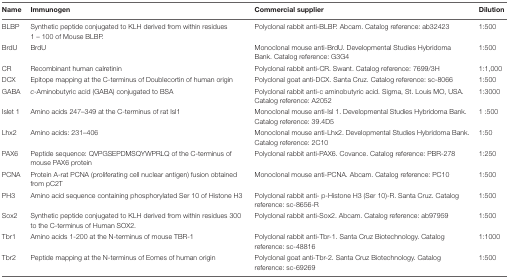
| Name | Immunogen | Commercial supplier | Dilution |
 | --- | --- | --- | --- |
 | BLBP | Synthetic peptide conjugated to KLH derived from within residues 1 – 100 of Mouse BLBP. | Polyclonal rabbit anti-BLBP. Abcam. Catalog reference: ab32423 | 1:500 |
 | BrdU | BrdU | Monoclonal mouse anti-BrdU. Developmental Studies Hybridoma Bank. Catalog reference: G3G4 | 1:500 |
 | CR | Recombinant human calretinin | Polyclonal rabbit anti-CR. Swant. Catalog reference: 7699/3H | 1:1,000 |
 | DCX | Epitope mapping at the C-terminus of Doublecortin of human origin | Polyclonal goat anti-DCX. Santa Cruz. Catalog reference: sc-8066 | 1:500 |
 | GABA | c-Aminobutyric acid (GABA) conjugated to BSA | Polyclonal rabbit anti-c aminobutyric acid. Sigma, St. Louis MO, USA. Catalog reference: A2052 | 1:3000 |
 | Islet 1 | Amino acids 247–349 at the C-terminus of rat Isl1 | Monoclonal mouse anti-Isl 1. Developmental Studies Hybridoma Bank. Catalog reference: 39.4D5 | 1 :500 |
 | Lhx2 | Amino acids: 231–406 | Monoclonal mouse anti-Lhx2. Developmental Studies Hybridoma Bank. Catalog reference: 2C10 | 1:50 |
 | PAX6 | Peptide sequence: QVPGSEPDMSQYWPRLQ of the C-terminus of mouse PAX6 protein | Polyclonal rabbit anti-PAX6. Covance. Catalog reference: PBR-278 | 1:250 |
 | PCNA | Protein A-rat PCNA (proliferating cell nuclear antigen) fusion obtained from pC2T | Monoclonal mouse anti-PCNA. Abcam. Catalog reference: PC10 | 1:500 |
 | PH3 | Amino acid sequence containing phosphorylated Ser 10 of Histone H3 | Polyclonal rabbit anti- p-Histone H3 (Ser 10)-R. Santa Cruz. Catalog reference: sc-8656-R | 1:500 |
 | Sox2 | Synthetic peptide conjugated to KLH derived from within residues 300 to the C-terminus of Human SOX2. | Polyclonal rabbit anti-Sox2. Abcam. Catalog reference: ab97959 | 1:500 |
 | Tbr1 | Amino acids 1-200 at the N-terminus of mouse TBR-1 | Polyclonal rabbit anti-Tbr-1. Santa Cruz Biotechnology. Catalog reference: sc-48816 | 1:1000 |
 | Tbr2 | Peptide mapping at the N-terminus of Eomes of human origin | Polyclonal goat anti-Tbr-2. Santa Cruz Biotechnology. Catalog reference: sc-69269 | 1:500 |